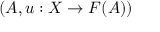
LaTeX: ( A , u : X \to F ( A ) )